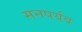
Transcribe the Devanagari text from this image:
मनपर्यव